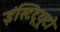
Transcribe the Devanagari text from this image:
इंस्टिटूयूटो